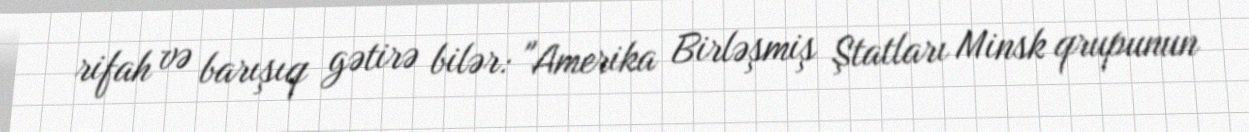
rifah və barışıq gətirə bilər: "Amerika Birləşmiş Ştatları Minsk qrupunun